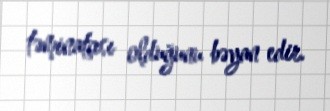
təminatçısı olduğunu bəyan edir.